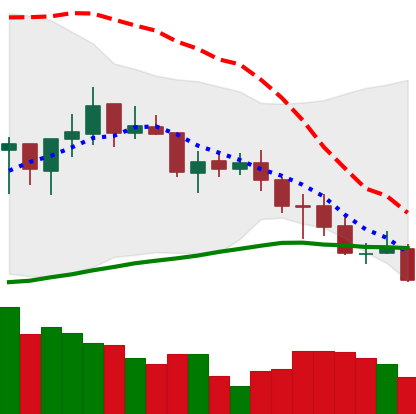
Ticker: ADA-USD
Chart end date: 2021-07-19
Forward return: 10.024%
Label: up_7plus